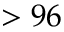
> 9 6